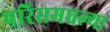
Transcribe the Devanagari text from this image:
परिसमधल्या